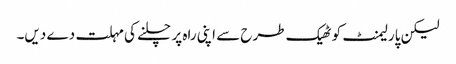
لیکن پارلیمنٹ کو ٹھیک طرح سے اپنی راہ پر چلنے کی مہلت دے دیں۔